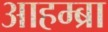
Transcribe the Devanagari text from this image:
आहम्ब्रा